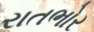
રાતભોર